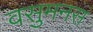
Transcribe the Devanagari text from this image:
वसुमनस